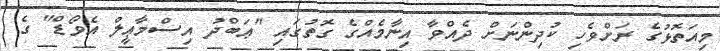
މިއަތޮޅުގެ ރަށްވެހި ކުދިންނަށް ދެއްވާ އިނާމެއްގެ ގޮތުގައި "ޢަބްދު އިސްމާޢީލް އެވޯޑް" ގެ